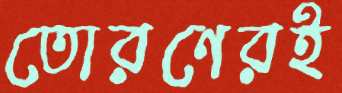
তোরণেরই